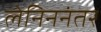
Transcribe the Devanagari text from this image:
लेनिननंतर